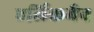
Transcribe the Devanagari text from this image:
एर्लिकमैन